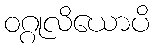
ဝဂ္ဂုလိယောပိ